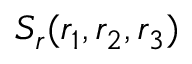
S _ { r } ( r _ { 1 } , r _ { 2 } , r _ { 3 } )